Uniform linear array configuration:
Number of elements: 12
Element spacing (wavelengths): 1
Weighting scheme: blackman
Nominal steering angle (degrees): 45
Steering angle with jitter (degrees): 44.408
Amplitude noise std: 0.05
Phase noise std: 0.05

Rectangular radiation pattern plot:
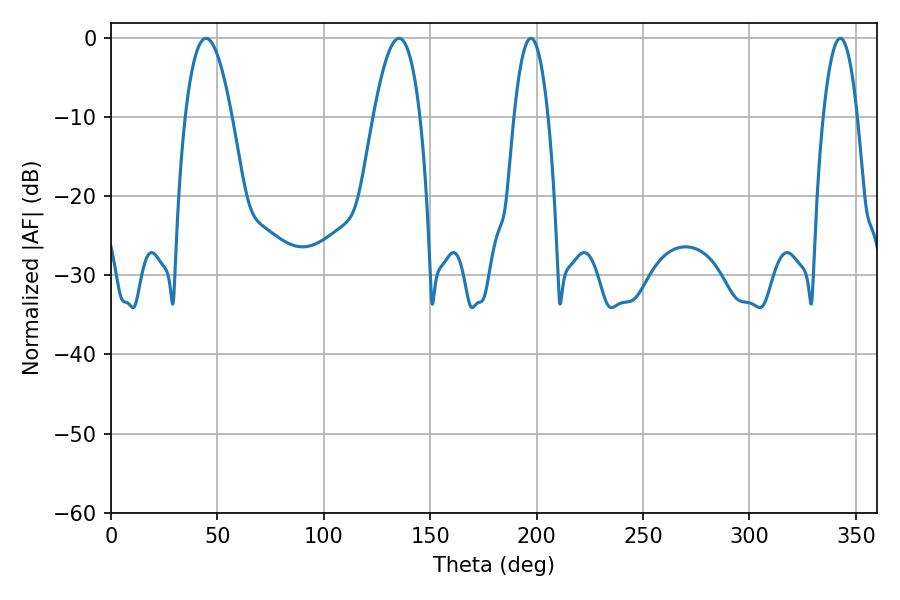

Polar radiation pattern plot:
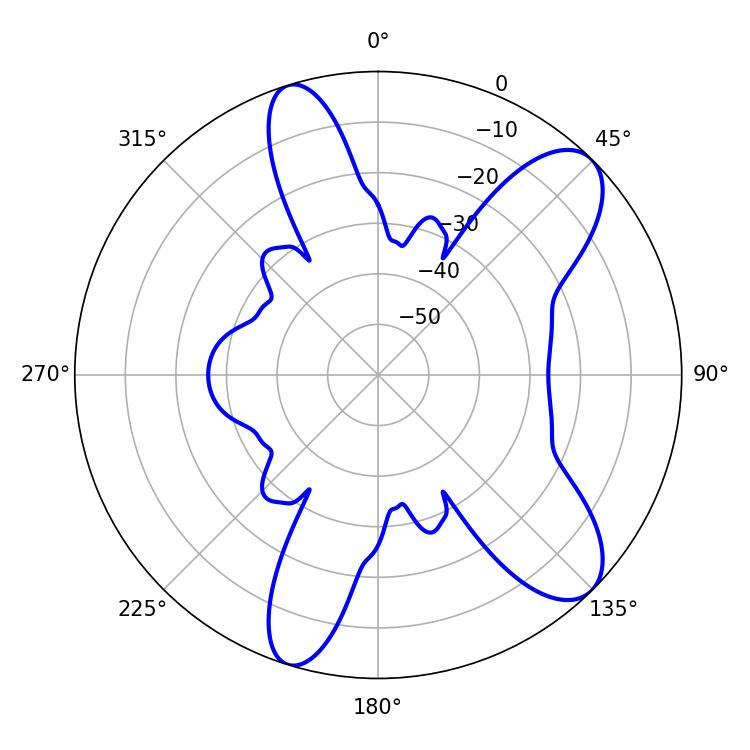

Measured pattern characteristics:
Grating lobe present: TRUE
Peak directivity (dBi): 9.511
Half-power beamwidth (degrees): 11.88
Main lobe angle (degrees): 44.64